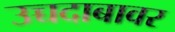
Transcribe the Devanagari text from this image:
उच्चदाबावर